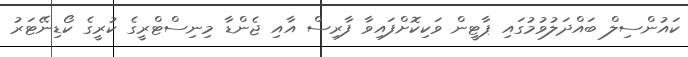
ކައުންސިލް ބައްދަލުވުމުގައި ޕާޓީން ވަކިކޮށްފައިވާ ފާރިސް އާއި ޖެންޑާ މިނިސްޓްރީގެ ކުރީގެ ކޯޑިނޭޓަރު